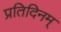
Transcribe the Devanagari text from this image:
प्रतिदिनम्‌